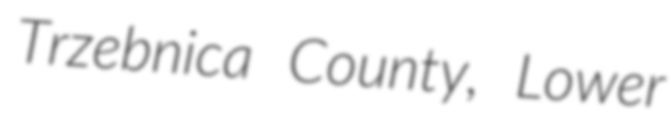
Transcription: Trzebnica County, Lower